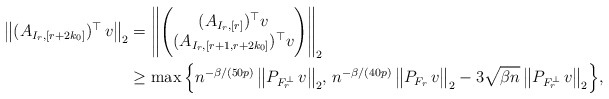
\begin{align*} \big\| (A_{I_r,[r+2k_0]})^\top \,v\big\|_2 &= \Bigg\| \Bigg( \begin{matrix} (A_{I_r,[r]})^\top v \\ (A_{I_r,[r+1,r+2k_0]})^\top v \end{matrix} \Bigg) \Bigg\|_2\\&\ge \max \Big\{ n^{-\beta/(50p)}\,\big\|P_{F_r^\perp}\,v\big\|_2 ,\, n^{-\beta/(40p)} \,\big\|P_{F_r}\,v\big\|_2 - 3\sqrt{\beta n} \,\big\|P_{F_r^\perp}\,v\big\|_2\Big\},\end{align*}